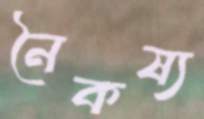
নৈকষ্য